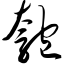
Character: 匏